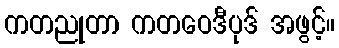
ကတညုတာ ကတဝေဒီပုဒ် အဖွင့်။